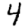
Digit: 4